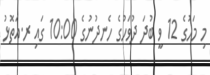
މި މަހުގެ 12 ވީ ބުދަ ދުވަހުގެ ހެނދުނުގެ 10:00 ގައި ރ.އަތޮޅު